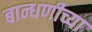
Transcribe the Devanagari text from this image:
बान्धणीच्या